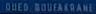
QUESOUFAKSAARE